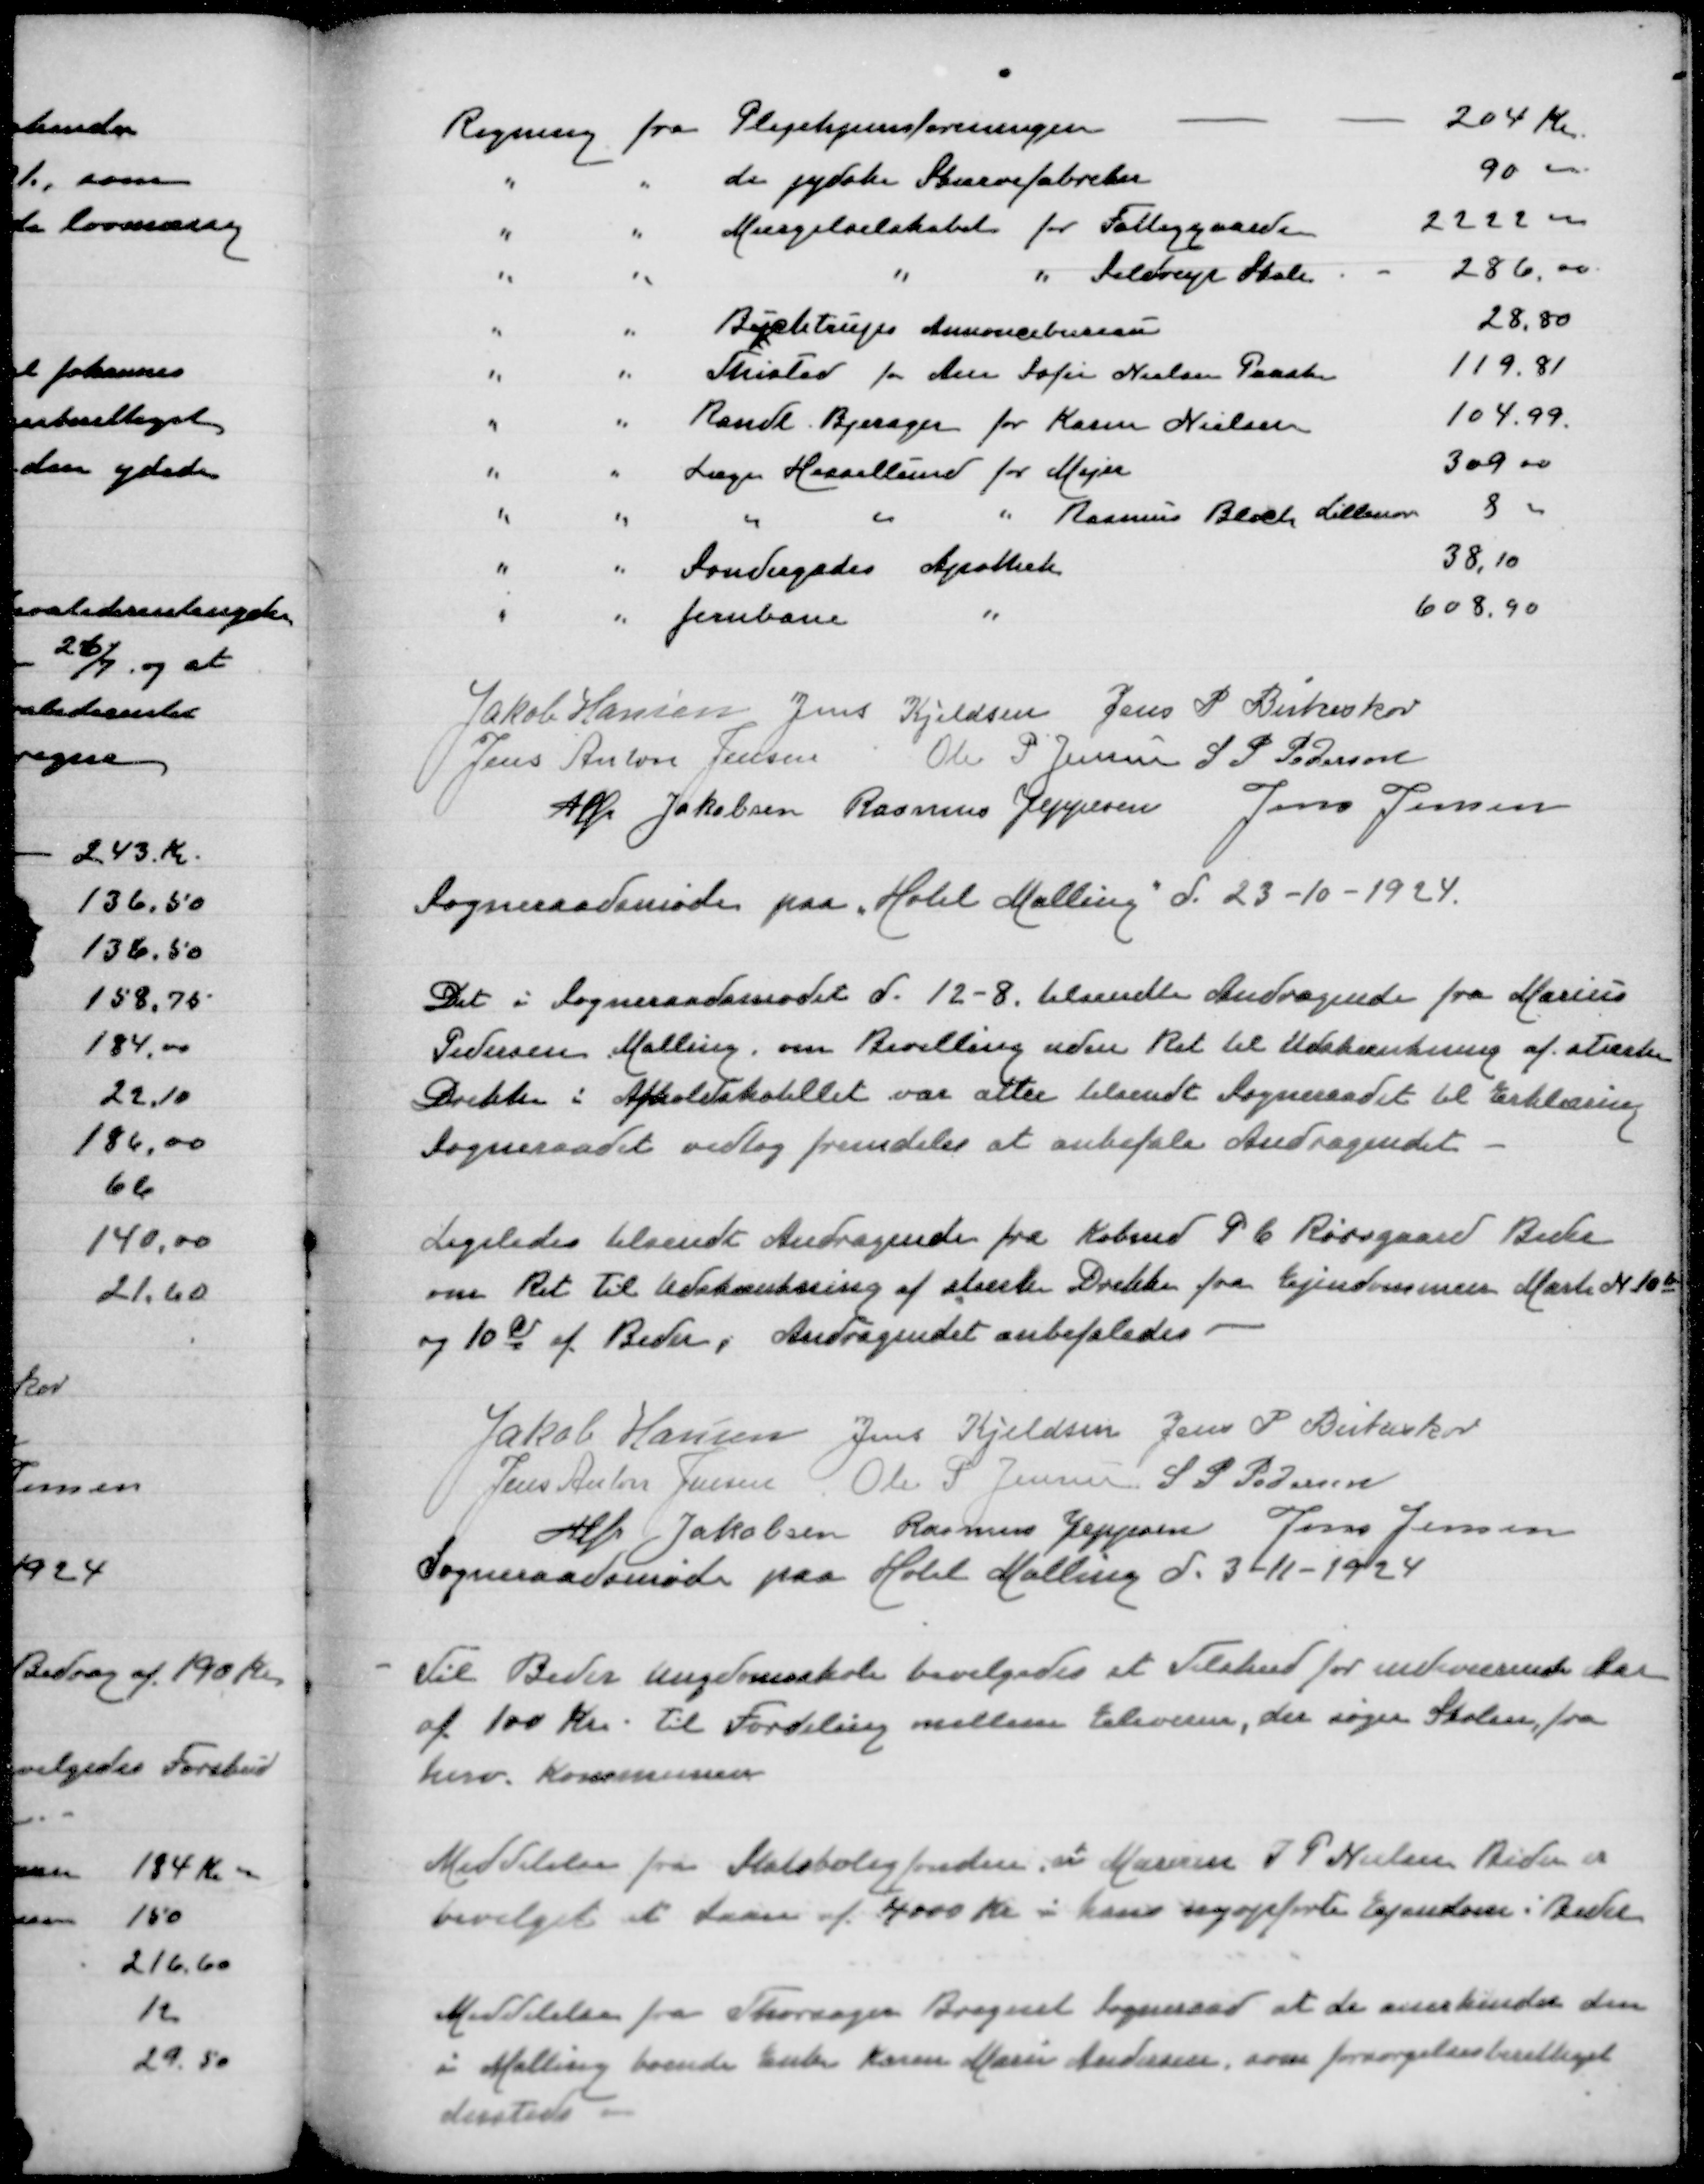
Transskription:
Regning fra Plejehjemsforeningen
204 Kr
" " de jyske Skærvefabrikker
90
" " Mergelselskabet for Fattiggaarden
2222
" " " " Seldrup Skole
286,00
" " Buchtrups Annoncebureau
28,80
" " Thisted for Ane Sofie Nielsen Paaske
119,81
" " Randl Bjerager for Karen Nielsen
104,99
" " Læge Hessellund for Mejer
309,00
" " " " " Rasmus Bloch Lillenor
8
" " Søndergades Apothek
38,10
" " Jernbane "
608,90

Jakob Hansen
Jens Kjeldsen
Jens P Birkeskov
Jens Anton Jensen
Ole P Jensen
S P Pedersen
Alfr Jakobsen
Rasmus Jeppesen
Jens Jensen
Sogneraadsmøde paa Hotel Malling d 23-10-1924

Det i Sogneraadsmøder d 12-8 tilsendte Andragende fra Marius
Pedersen Malling om Bevilling uden Ret til Udskænkning af stærke
Drikke i Afholdshotellet var atter tilsendt Sogneraadet til Erklæring
Sogneraadet vedtog fremdeles at anbefale Andragendet

Ligeledes blev Andragende fra Købmd P C Rørsgaard Beder
om Ret til Udskænkning af stærke Drikke fra Ejendommen Matr N 10b
og 10c af Beder, Andragendet anbefaledes

Jakob Hansen
Jens Kjeldsen
Jens P Birkeskov
Jens Anton Jensen
Ole P Jensen
S P Pedersen
Alfr Jakobsen
Rasmus Jeppesen
Jens Jensen
Sogneraadsmøde paa Hotel Malling d 3-11-1924

Til Beder Ungdomsskole bevilgedes et Tilskud for indeværende Aar
af 100 Kr til Fordeling mellem Eleverne, der søger Skolen fra
herv Kommune

Meddelelse fra Statsboligfonden at Marinus I P Nielsen Beder er
bevilget et Laan af 4000 Kr i hans nyopførte Ejendom i Beder

Meddelelse fra Thorsager Bregnet Sogneraad at de anernkender den
i Malling boende Enke Karen Marie Andersen som forsørgelsesberettiget
dersteds